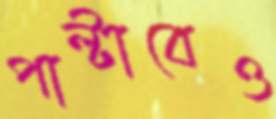
পাল্টাবেও